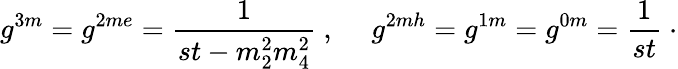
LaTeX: g^{3m}=g^{2me}=\frac{1}{st-m_{2}^{2}m_{4}^{2}}~,~~~~~g^{2mh}=g^{1m}=g^{0m}=\frac{1}{st}~\cdot